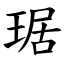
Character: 琚